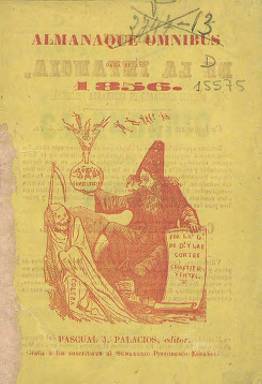
Título: Almanaque ómnibus
Otros títulos: Calendario para ...
Colección: Almanaques
Ámbito geográfico: Madrid
Lugar de publicación: Madrid
Fechas: 01/01/1856-31/12/1856

Este almanaque anual para 1856 fue editado por el librero Pascual J. Palacios, que también editaba en aquella época Álbum de la infancia. Empieza con un calendario para ese año con el santoral, épocas célebres, el cómputo eclesiástico, las fiestas o los eclipses, para a continuación ofrecer textos en prosa y verso, generalmente de creación divulgativa o literaria, de una serie de colaboradores, como Pedro Antonio Alarcón, que escribe una narración histórica sobre el Abrazo de Vergara, Agustín Bonnat, Vicente Barrantes, Enrique Cisneros, Luis Eguilaz, Antonio Flores, Manuel del Palacio, Ricardo Ribera, Javier Ramírez, Rafael García Santisteban, Narciso Serra, Francisco Vila y Goiri o Joaquín Villanueva. Contiene también un buen número de espectaculares grabados humorísticos, algunos a doble página, de Bande, Pizarro y Rivera, sobre asuntos políticos, costumbristas o artísticos. Compuesto a una columna, es estampado en la imprenta madrileña de Higinio Reneses, con un total de 179 páginas foliadas, y, además de su venta directa, era gratis para los suscriptores del Semanario pintoresco español, del que era propietario y editor Eduardo Gasset.